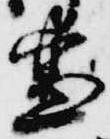
兼